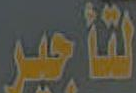
لتأجير